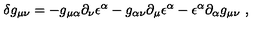
\delta g _ { \mu \nu } = - g _ { \mu \alpha } \partial _ { \nu } \epsilon ^ { \alpha } - g _ { \alpha \nu } \partial _ { \mu } \epsilon ^ { \alpha } - \epsilon ^ { \alpha } \partial _ { \alpha } g _ { \mu \nu } \ ,